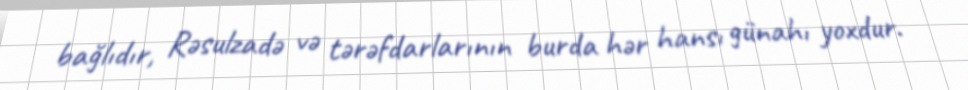
bağlıdır, Rəsulzadə və tərəfdarlarının burda hər hansı günahı yoxdur.